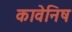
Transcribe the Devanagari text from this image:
कावेनिष